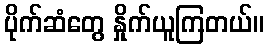
ပိုက်ဆံတွေ နှိုက်ယူကြတယ်။